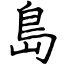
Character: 島